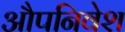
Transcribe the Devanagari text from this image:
औपनिवेश